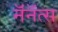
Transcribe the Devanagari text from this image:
नॅनॅत्स